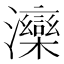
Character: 𱪍